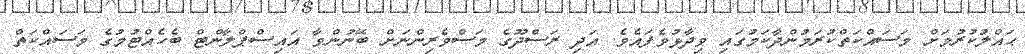
ޙައްލުކުރުމަށް މަސައްކަތްކުރަމުންދާކަމުގައި ވިދާޅުވެފައެވެ. އަދި ރަސްދޫގެ މަސްވެރިންނަށް ބޭނުންވާ އައިސްޕްލާންޓް ބެހެއްޓުމުގެ މަސައްކަތް